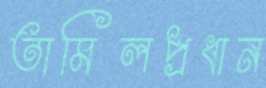
তামিলপ্রধান